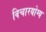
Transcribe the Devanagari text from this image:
विचारयोग्य